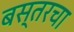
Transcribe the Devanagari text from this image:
बस्तरचा